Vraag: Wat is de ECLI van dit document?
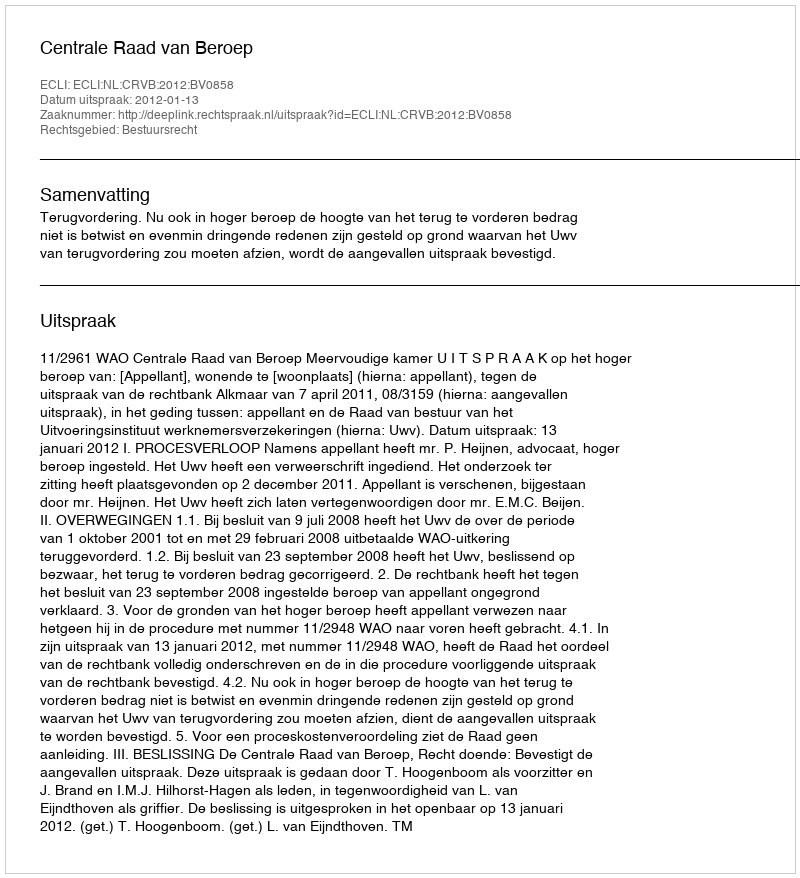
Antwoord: ECLI:NL:CRVB:2012:BV0858